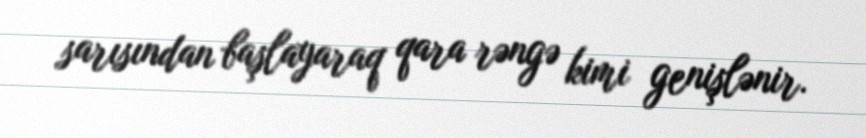
sarısından başlayaraq qara rəngə kimi genişlənir.